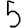
Digit: 5